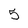
Character: 5